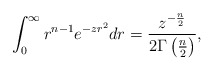
\begin{align*} \int_{0}^{\infty}r^{n-1}e^{-z r^2}dr=\frac{z^{-\frac{n}{2}}}{2\Gamma\left(\frac{n}{2}\right)}, \end{align*}